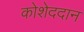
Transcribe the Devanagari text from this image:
कोशेददान